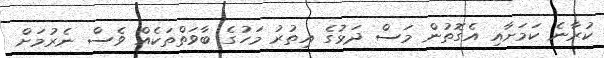
ކުރާނެ ކަމަށާއި އެގޮތުން މަސް ދަޅުގެ އިތުރު މަހުގެ ބާވަތްތަކެއް ވެސް ނެރުމަށް